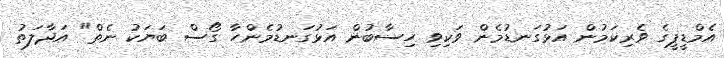
އެމްޑީޕީގެ ވެރިކަމުން އަޅުގަނޑުމެން ވަކިވި ހިސާބުން އަޅުގަނޑުމެންހާ ގޯސް ބަޔަކު ނެތް" އަދާލަތު